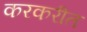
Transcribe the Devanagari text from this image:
करकरीत